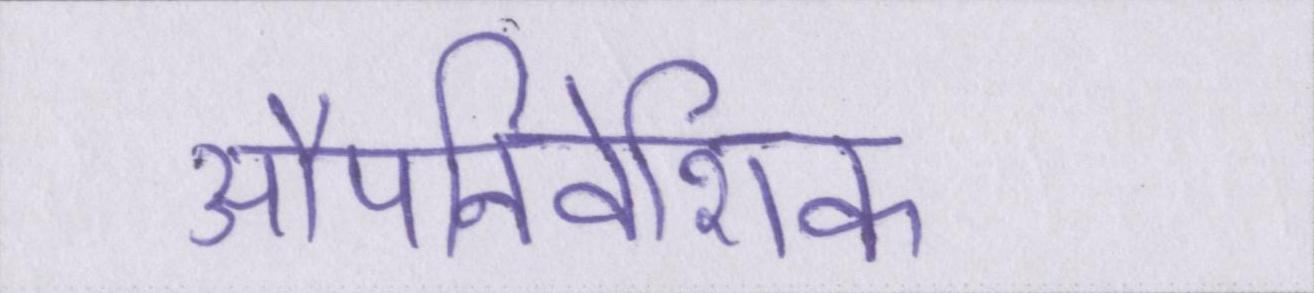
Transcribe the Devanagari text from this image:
औपनिवेशिक